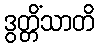
ဒွတ္တိံသာတိ